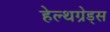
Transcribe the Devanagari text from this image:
हेल्थग्रेड्स